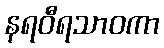
နရဝီရသာဝကာ